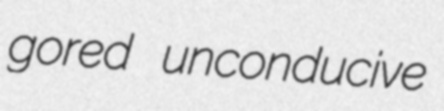
gored unconducive